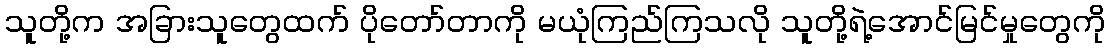
သူတို့က အခြားသူတွေထက် ပိုတော်တာကို မယုံကြည်ကြသလို သူတို့ရဲ့အောင်မြင်မှုတွေကို